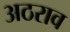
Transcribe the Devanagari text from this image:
अठराव